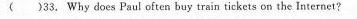
( )33. Why does Paul often buy train tickete on the Iraternet?